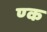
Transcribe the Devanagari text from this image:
ण्क